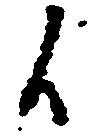
候